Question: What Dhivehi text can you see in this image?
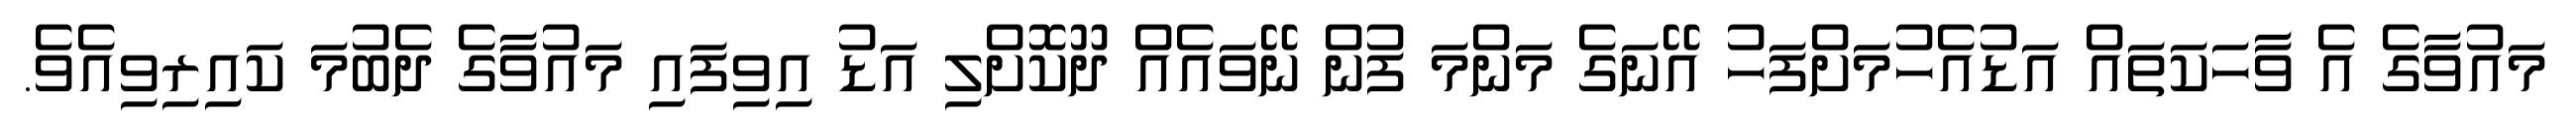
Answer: މައުވާގެ އެ ވާހަކަތައް އަޑުއެހުމަށްފަހު އޭނަގެ މަންމަ ފުން ނޭވައެއް ދޫކޮށްލި އަޑު އިވިފައި މައުވާގެ ދެބުމަ ކައިރިވިއެވެ.